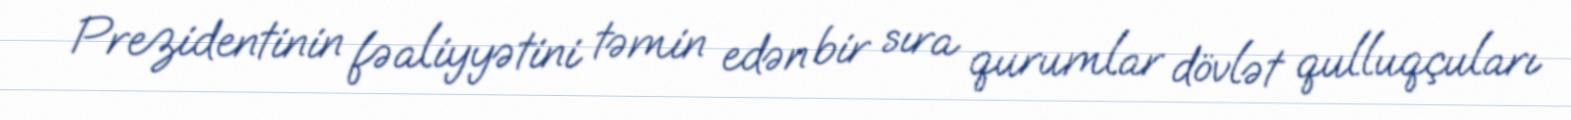
Prezidentinin fəaliyyətini təmin edən bir sıra qurumlar dövlət qulluqçuları